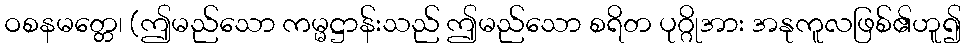
ဝစနမတ္တေ၊ (ဤမည်သော ကမ္မဋ္ဌာန်းသည် ဤမည်သော စရိတ ပုဂ္ဂိုအား အနုကူလဖြစ်၏ဟူ၍